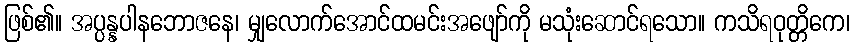
ဖြစ်၏။ အပ္ပန္နပါနဘောဇနေ၊ မျှလောက်အောင်ထမင်းအဖျော်ကို မသုံးဆောင်ရသော။ ကသိရဝုတ္တိကေ၊